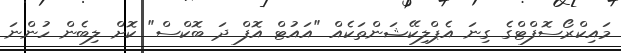
މައިކްރޯސޮފްޓްގެ ގިނަ އެޕްލިކޭޝަންތަކެއް "އައުޓް އޮފް ދަ ބޮކްސް" ކޮށް ލިބެން ހުންނަ